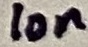
Text: 10n